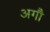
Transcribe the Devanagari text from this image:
अगौ